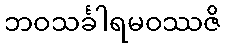
ဘဝသင်္ခါရမဝဿဇိ